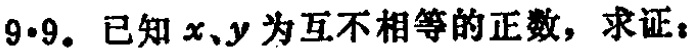
9.9. 已知 \(x、y\) 为互不相等的正数，求证：